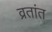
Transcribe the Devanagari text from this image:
व्रतांत